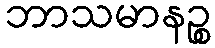
ဘာသမာနဉ္စ